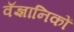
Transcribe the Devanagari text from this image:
वॅज्ञानिकों